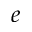
e